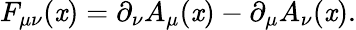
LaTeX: F_{\mu\nu}(\mathit{x})=\partial_{\nu}A_{\mu}(\mathit{x})-\partial_{\mu}A_{\nu}(\mathit{x}).